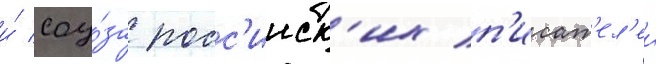
и́ соу́за росс'ииск'их п'исат'ел'еи